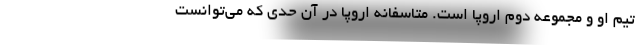
تیم او و مجموعه دوم اروپا است. متاسفانه اروپا در آن حدی که می‌توانست